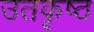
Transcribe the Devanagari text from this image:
उतकृष्ठ